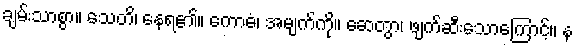
ချမ်းသာစွာ။ သေတိ၊ နေရ၏။ ကောဓံ၊ အမျက်ကို။ ဆေတွာ၊ ဖျက်ဆီးသောကြောင့်။ န